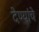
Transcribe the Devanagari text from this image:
देण्यांचे